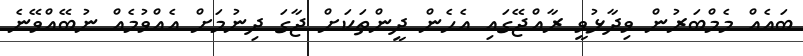
ބައެއް މެމްބަރުން ވިދާޅުވީ ރާއްޖޭގައި އެހެން ދީންތަކަށް ޖާގަ ދިނުމަށް އެއްވުމެއް ނުބޭއްވޭނެ